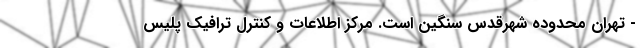
- تهران محدوده شهرقدس سنگین است. مرکز اطلاعات و کنترل ترافیک پلیس